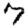
Digit: 7